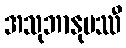
အသုဘာနုပဿီ